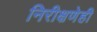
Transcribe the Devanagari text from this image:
निरीक्षणेही